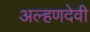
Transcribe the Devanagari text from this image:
अल्हणदेवी